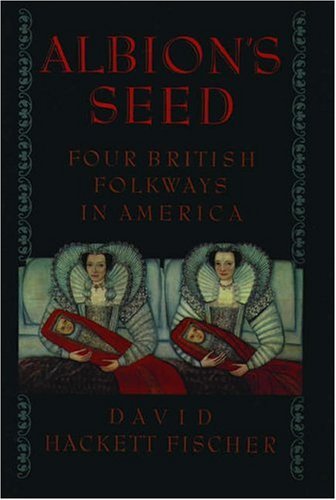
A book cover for Albion's Seed: Four British Folkways in America (America: a cultural history); David Hackett Fischer; Religion & Spirituality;